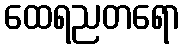
ထေရညတရော